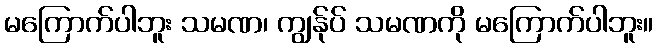
မကြောက်ပါဘူး သမဏ၊ ကျွန်ုပ် သမဏကို မကြောက်ပါဘူး။